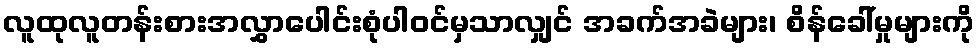
လူထုလူတန်းစားအလွှာပေါင်းစုံပါဝင်မှသာလျှင် အခက်အခဲများ၊ စိန်ခေါ်မှုများကို